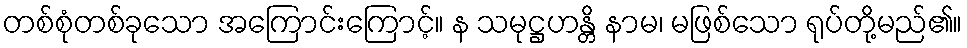
တစ်စုံတစ်ခုသော အကြောင်းကြောင့်။ န သမုဋ္ဌဟန္တိ နာမ၊ မဖြစ်သော ရုပ်တို့မည်၏။